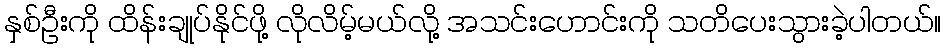
နှစ်ဦးကို ထိန်းချုပ်နိုင်ဖို့ လိုလိမ့်မယ်လို့ အသင်းဟောင်းကို သတိပေးသွားခဲ့ပါတယ်။